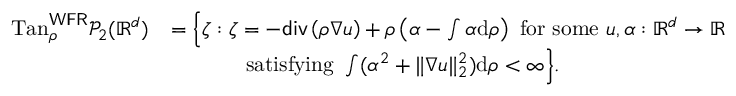
\begin{array} { r l } { \mathrm { T a n } _ { \rho } ^ { \mathsf { W F R } } \mathcal { P } _ { 2 } ( \mathbb { R } ^ { d } ) } & { = \Big \{ \zeta : \zeta = - \mathsf { d i v } \left( \rho \nabla u \right) + \rho \left( \alpha - \int \alpha \mathrm { d } \rho \right) \mathrm { ~ f o r ~ s o m e ~ } u , \alpha : \mathbb { R } ^ { d } \to \mathbb { R } } \\ & { \qquad \quad \; \: \mathrm { s a t i s f y i n g ~ } \int ( \alpha ^ { 2 } + \Vert \nabla u \Vert _ { 2 } ^ { 2 } ) \mathrm { d } \rho < \infty \Big \} . } \end{array}